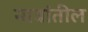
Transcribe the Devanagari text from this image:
नावांतील